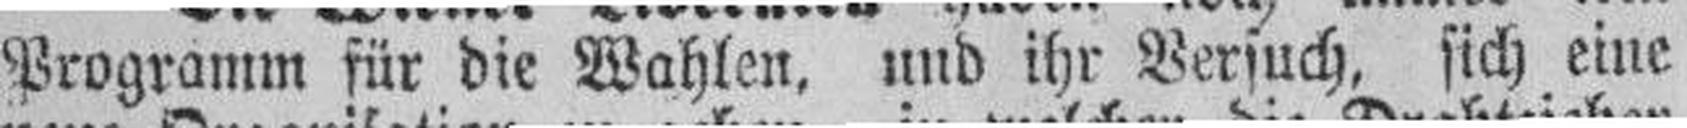
Programm für die Wahlen, und ihr Versuch, sich eine